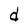
Character: d